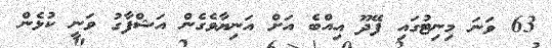
63 ވަނަ މިނިޓުގައި ފޭދޫ އިއްބެ އަށް އަނިޔާވެގެން އަޝްފާގު ވަނީ ކުޅެން